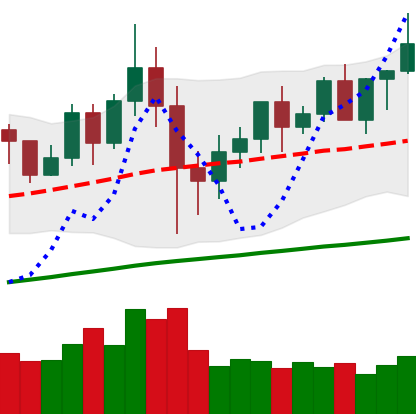
Ticker: XMR-USD
Chart end date: 2020-12-07
Forward return: 5.614%
Label: up_5_7